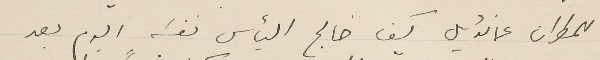
للمطران عمانوئيل كيف خالج اليأس نفسَه اليوم بعد